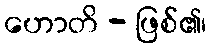
ဟောတိ - ဖြစ်၏၊